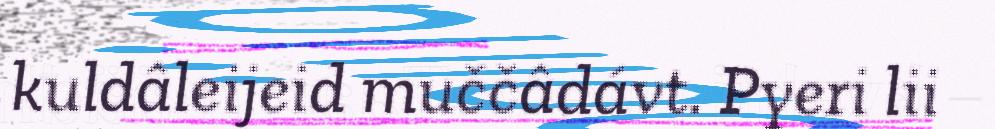
kuldâleijeid muččâdávt. Pyeri lii